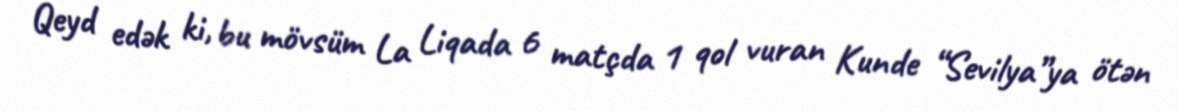
Qeyd edək ki, bu mövsüm La Liqada 6 matçda 1 qol vuran Kunde “Sevilya”ya ötən